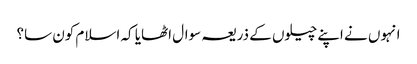
انہوں نے اپنے چیلوں کے ذریعہ سوال اٹھایا کہ اسلام کون سا؟